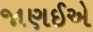
જાણઈએ